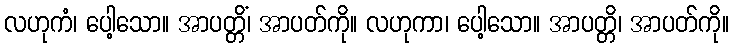
လဟုကံ၊ ပေါ့သော။ အာပတ္တိံ၊ အာပတ်ကို။ လဟုကာ၊ ပေါ့သော။ အာပတ္တိ၊ အာပတ်ကို။